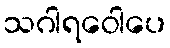
သဂါရဝေါပေ